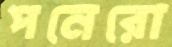
পনেরো